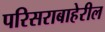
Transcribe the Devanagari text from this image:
परिसराबाहेरील